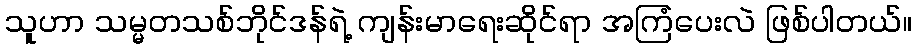
သူဟာ သမ္မတသစ်ဘိုင်ဒန်ရဲ့ ကျန်းမာရေးဆိုင်ရာ အကြံပေးလဲ ဖြစ်ပါတယ်။